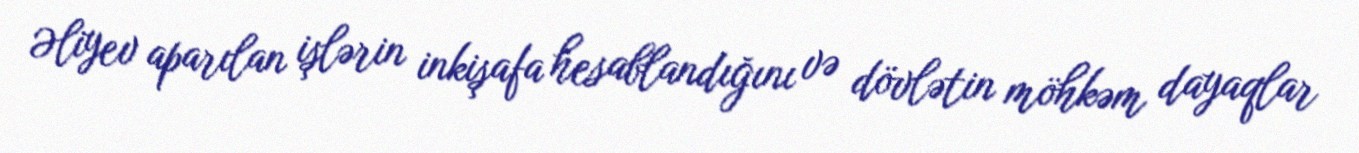
Əliyev aparılan işlərin inkişafa hesablandığını və dövlətin möhkəm dayaqlar